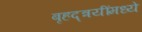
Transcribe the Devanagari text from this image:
बृहद्त्रयींमध्ये